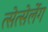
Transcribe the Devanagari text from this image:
त्सेत्सेर्लेग